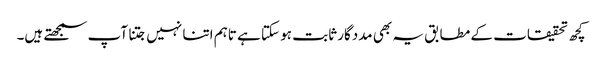
کچھ تحقیقات کے مطابق یہ بھی مددگار ثابت ہو سکتا ہے تاہم اتنا نہیں جتنا آپ سمجھتے ہیں۔